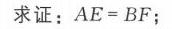
求证：$AE = BF$；